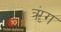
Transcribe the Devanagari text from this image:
ॠंग